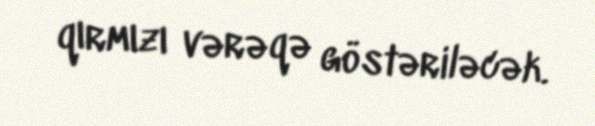
qırmızı vərəqə göstəriləcək.